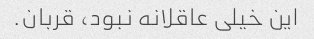
این خیلی عاقلانه نبود، قربان.